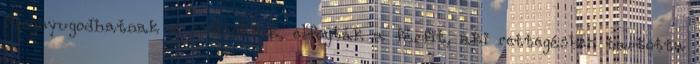
Megnyugodhatnak a csolnokiak, elfogták a férfit, aki rettegésben tartotta